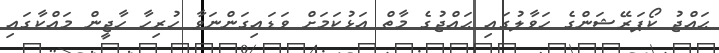
ޙައްޖު ކޯޕަރޭޝަންގެ ހަވާލުގައި ޙައްޖުގެ މާތް އަޅުކަމަށް ވަޑައިގަންނަވާ ހުރިހާ ހާޖީން މައްކާގައި